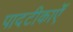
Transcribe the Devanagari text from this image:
पादटीकाएँ